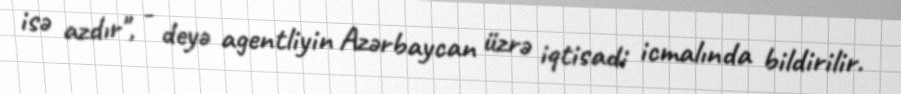
isə azdır", - deyə agentliyin Azərbaycan üzrə iqtisadi icmalında bildirilir.